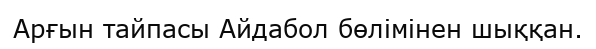
Арғын тайпасы Айдабол бөлімінен шыққан.